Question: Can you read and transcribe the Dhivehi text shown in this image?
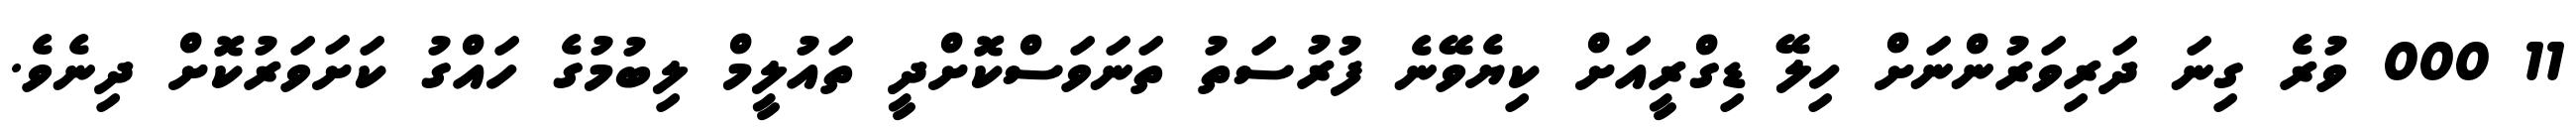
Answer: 11 000 ވުރެ ގިނަ ދަރިވަރުންނަށް ހިލޭ ޑިގްރީއަށް ކިޔެވޭނެ ފުރުސަތު ތަނަވަސްކޮށްދީ ތައުލީމް ލިބުމުގެ ހައްގު ކަށަވަރުކޮށް ދިނެވެ.